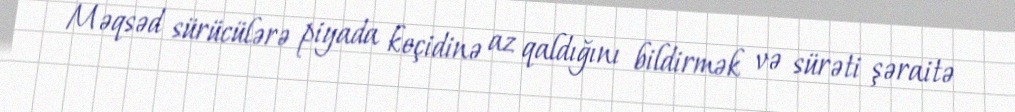
Məqsəd sürücülərə piyada keçidinə az qaldığını bildirmək və sürəti şəraitə